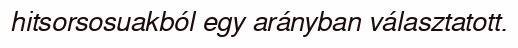
hitsorsosuakból egy arányban választatott.